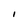
Character: I